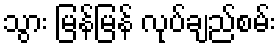
သွား မြန်မြန် လုပ်ချည်စမ်း